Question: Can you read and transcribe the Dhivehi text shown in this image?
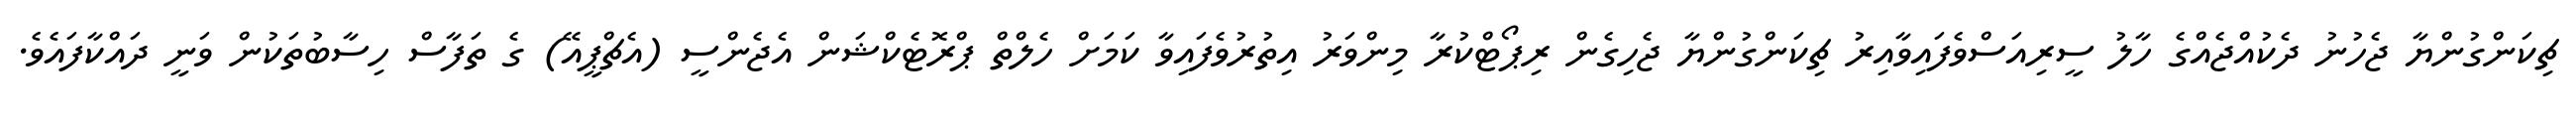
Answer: ޗިކަންގުންޔާ ޖެހުނު ދެކުއްޖެއްގެ ހާލު ސީރިއަސްވެފައިވާއިރު ޗިކަންގުންޔާ ޖެހިގެން ރިޕޯޓްކުރާ މިންވަރު އިތުރުވެފައިވާ ކަމަށް ހެލްތް ޕްރޮޓެކްޝަން އެޖެންސީ (އެޗްޕީއޭ) ގެ ތަފާސް ހިސާބުތަކުން ވަނީ ދައްކާފައެވެ.